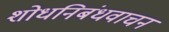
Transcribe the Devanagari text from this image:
शोधनिबंधवाचन